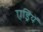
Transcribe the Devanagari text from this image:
एड्रियें